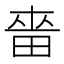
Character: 𰣋